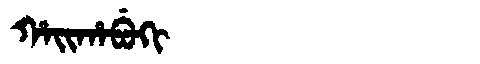
Manchu: ᡥᠠᡳᡥᠠᠪᡠᡴᡳ
Romanization: HAIHABUKI